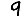
Digit: 9